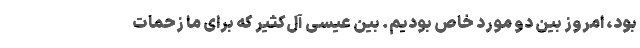
بود، امروز بین دو مورد خاص بودیم. بین عیسی آل‌کثیر که برای ما زحمات